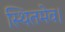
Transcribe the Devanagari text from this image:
स्थितमेव।